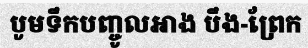
បូមទឹកបញ្ចូលអាង បឹង-ព្រែក